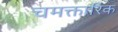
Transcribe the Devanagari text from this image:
चमक्तारिक